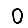
Digit: 0